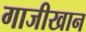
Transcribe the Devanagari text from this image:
गाजीखान